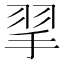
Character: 𢬙